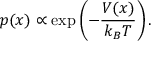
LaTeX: p ( x ) \propto \exp \left( { - { \frac { V ( x ) } { k _ { B } T } } } \right) .